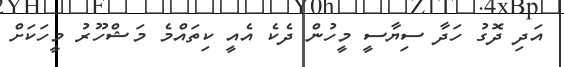
އަދި ދޮގު ހަދާ ސިޔާސީ މީހުން ދެކެ އެއީ ކިތައްމެ މަޝްހޫރު މީހަކަށް